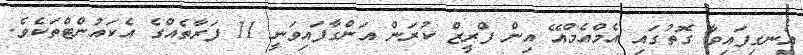
އެނގިފައިވާ ގޮތުގައި އެމްއެމްއޭ އިން ފްރީޒް ކުރަން އަންގާފައިވަނީ 11 ފަރާތެއްގެ އެކައުންޓްތަކެވެ.